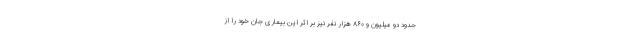
حدود دو میلیون و ۸۶۰ هزار نفر نیز بر اثر این بیماری جان خود را از